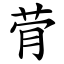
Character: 䒿